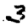
Digit: 3